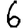
Digit: 6